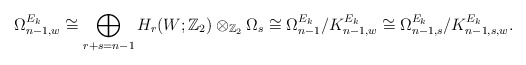
\begin{align*}\Omega^{E_k}_{n-1,w}\cong\bigoplus_{r+s=n-1}H_r(W;{\mathbb Z}_2)\otimes_{{\mathbb Z}_2}\Omega_s\cong\Omega^{E_k}_{n-1}/K^{E_k}_{n-1,w}\cong\Omega^{E_k}_{n-1,s}/K^{E_k}_{n-1,s,w}.\end{align*}